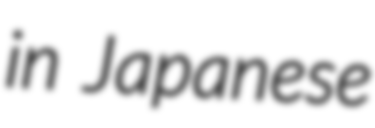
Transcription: in Japanese